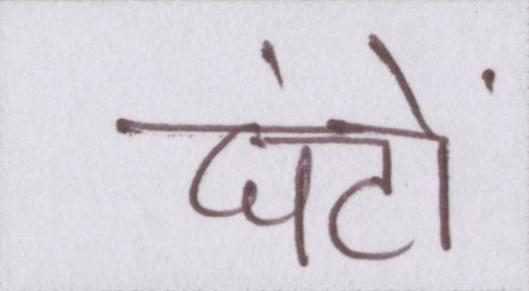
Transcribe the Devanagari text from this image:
घंटों